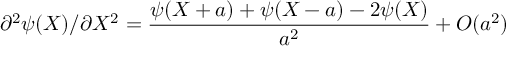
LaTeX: \partial ^ { 2 } \psi ( X ) / \partial X ^ { 2 } = \frac { \psi ( X + a ) + \psi ( X - a ) - 2 \psi ( X ) } { a ^ { 2 } } + O ( a ^ { 2 } )